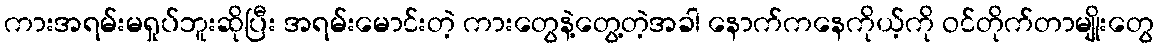
ကားအရမ်းမရှုပ်ဘူးဆိုပြီး အရမ်းမောင်းတဲ့ ကားတွေနဲ့တွေ့တဲ့အခါ နောက်ကနေကိုယ့်ကို ဝင်တိုက်တာမျိုးတွေ